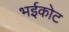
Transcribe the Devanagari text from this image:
भईकोट